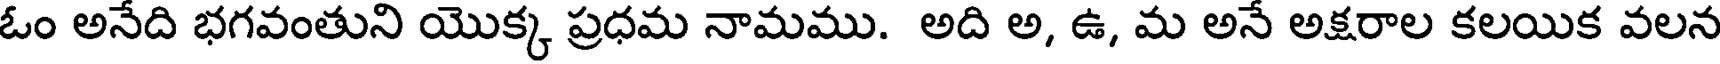
ఓం అనేది భగవంతుని యొక్క ప్రధమ నామము. అది అ, ఉ, మ అనే అక్షరాల కలయిక వలన